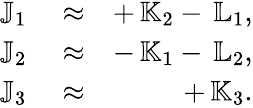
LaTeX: \begin{array}{rlr}{{\mathbb J}_{1}}&{{}\approx}&{+\, {\mathbb K}_{2}-\, {\mathbb L}_{1},}\\ {{\mathbb J}_{2}}&{{}\approx}&{-\, {\mathbb K}_{1}-\, {\mathbb L}_{2},}\\ {{\mathbb J}_{3}}&{{}\approx}&{+\, {\mathbb K}_{3}.}\end{array}